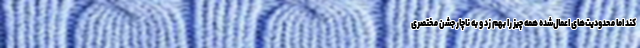
کند اما محدودیت‌های اعمال‌شده همه چیز را بهم زد و به ناچار جشن مختصری